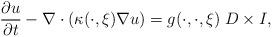
LaTeX: \begin{align*}&\frac{\partial u}{\partial t} - \nabla \cdot(\kappa(\cdot,\xi) \nabla u) = g(\cdot,\cdot,\xi)\; D\times I,\end{align*}